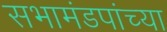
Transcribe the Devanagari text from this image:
सभामंडपांच्या